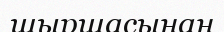
шыршасынан